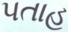
પતાહ